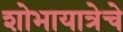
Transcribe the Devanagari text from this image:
शोभायात्रेचे